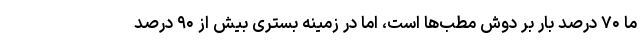
ما ۷۰ درصد بار بر دوش مطب‌ها است، اما در زمینه بستری بیش از ۹۰ درصد